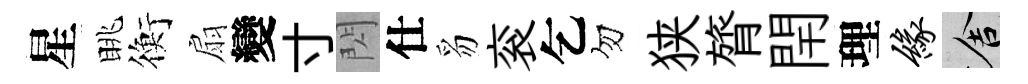
星眺衡扇變寸閃仕豸衮乞勿狭膂閈理缘舍